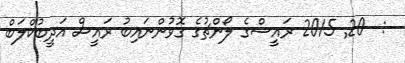
:  20